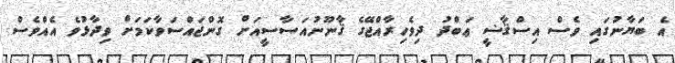
އެ ބަޔާނުގައި ވެސް އިސްޤާޟީ ޢަބްދު ދިވެހިރާއްޖޭގެ ޤާނޫނުއަސާސީއަށް ގޮންޖައްސަވާކަމަށް ވިދާޅުވެ އެއްވެސް